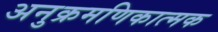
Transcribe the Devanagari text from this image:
अनुक्रमणिकात्मक